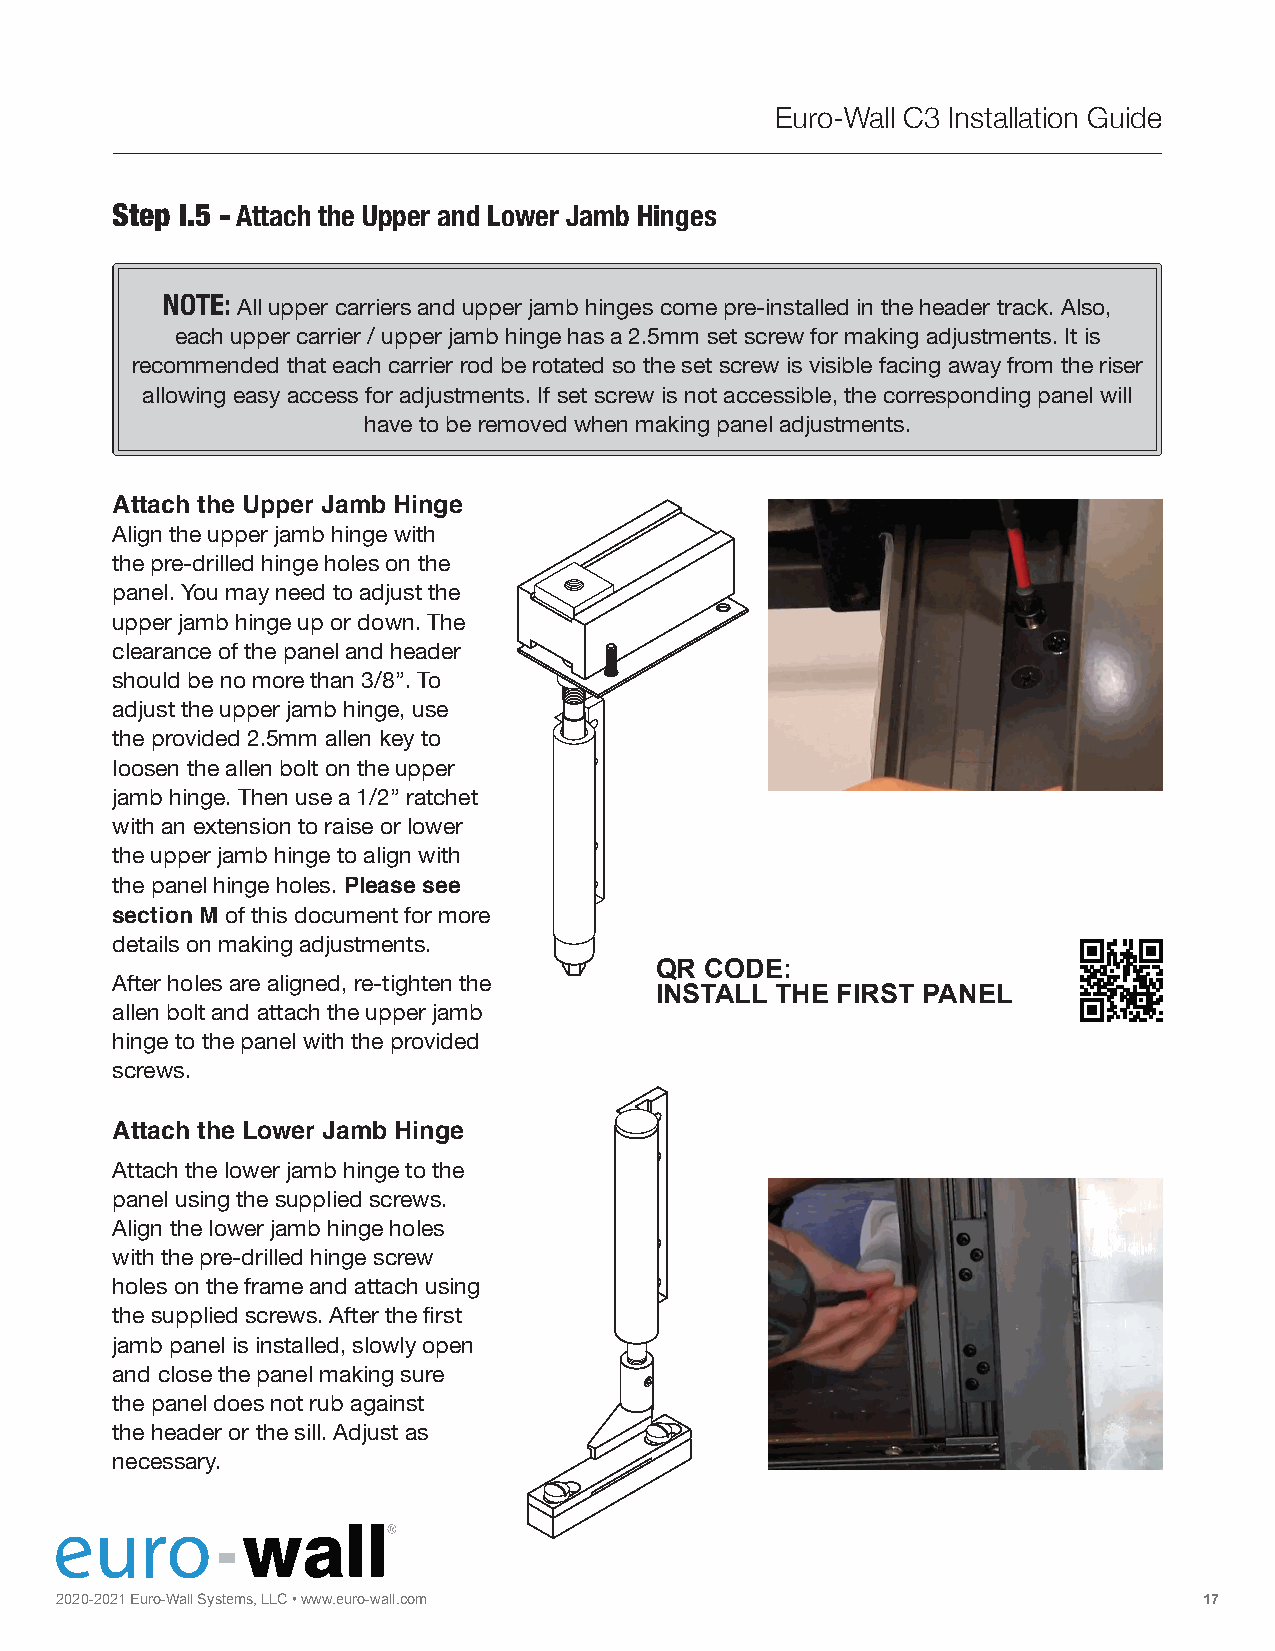
Euro-Wall C3 Installation Guide
 Step I.5 - Attach the Upper and Lower Jamb Hinges
 NOTE:
 All upper carriers and upper jamb hinges come pre-installed in the header track. Also,
 each upper carrier / upper jamb hinge has a 2.5mm set screw for making adjustments. It is
 recommended that each carrier rod be rotated so the set screw is visible facing away from the riser
 allowing easy access for adjustments. If set screw is not accessible, the corresponding panel will
 have to be removed when making panel adjustments.
 Attach the Upper Jamb Hinge
 Align the upper jamb hinge with
 the pre-drilled hinge holes on the
 panel. You may need to adjust the
 upper jamb hinge up or down. The
 clearance of the panel and header
 should be no more than 3/8”. To
 adjust the upper jamb hinge, use
 the provided 2.5mm allen key to
 loosen the allen bolt on the upper
 jamb hinge. Then use a 1/2” ratchet
 with an extension to raise or lower
 the upper jamb hinge to align with
 the panel hinge holes. Please see
 section M of this document for more
 details on making adjustments.
 QR  CODE:
 After holes are aligned, re-tighten the
 INSTALL THE FIRST PANEL
 allen bolt and attach the upper jamb
 hinge to the panel with the provided
 screws.
 Attach the Lower Jamb Hinge
 Attach the lower jamb hinge to the
 panel using the supplied screws.
 Align the lower jamb hinge holes
 with the pre-drilled hinge screw
 holes on the frame and attach using
 the supplied screws. After the first
 jamb panel is installed, slowly open
 and close the panel making sure
 the panel does not rub against
 the header or the sill. Adjust as
 necessary.
 2020 FO-2 L0 D2 I1
 N
 E Gu r|o S-W LIa Dll
 I
 NS Gys t|e m STs A, CL KL IC
 N
 G• w |w Pw I. Ve Ou Tro-wall.com                             17